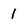
Character: I